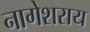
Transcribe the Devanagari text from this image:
नागेशराय